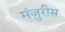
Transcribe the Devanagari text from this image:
मंजुरीस